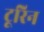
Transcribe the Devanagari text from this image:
टूरिन